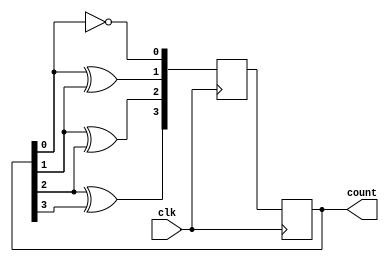
module gray_counter(
    input wire clk,
    output reg [3:0] count
);

reg [3:0] next_state;

always @(posedge clk) begin
    next_state[0] <= ~count[0];
    next_state[1] <= count[0] ^ count[1];
    next_state[2] <= count[1] ^ count[2];
    next_state[3] <= count[2] ^ count[3];

    count <= next_state;
end

endmodule